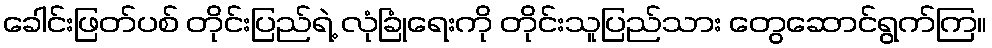
ခေါင်းဖြတ်ပစ် တိုင်းပြည်ရဲ့ လုံခြုံရေးကို တိုင်းသူပြည်သား တွေဆောင်ရွက်ကြ။